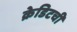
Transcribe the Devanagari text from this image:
क्रेडिटची